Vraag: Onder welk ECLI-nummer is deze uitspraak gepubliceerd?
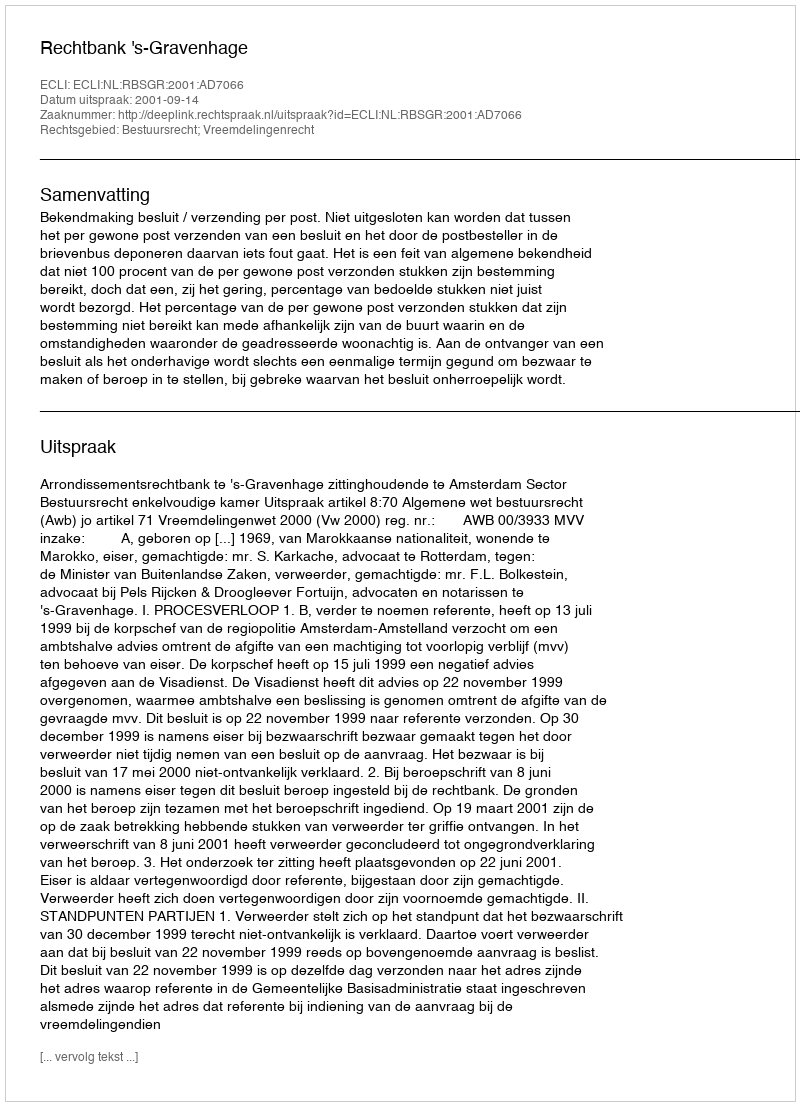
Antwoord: ECLI:NL:RBSGR:2001:AD7066